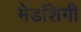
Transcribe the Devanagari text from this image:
मेडशिगी